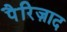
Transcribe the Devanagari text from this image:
पैरिज़ाद